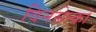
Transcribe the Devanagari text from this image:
विनसेन्को